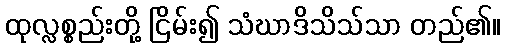
ထုလ္လစ္စည်းတို့ ငြိမ်း၍ သံဃာဒိသိသ်သာ တည်၏။